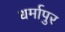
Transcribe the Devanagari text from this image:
धर्मापुर